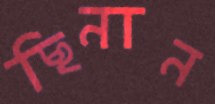
ছিনান